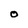
Character: O